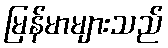
မြန်မာများသည်